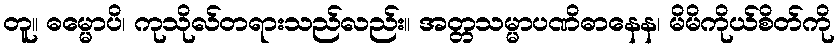
တူ။ ဓမ္မောပိ၊ ကုသိုလ်တရားသည်လည်း။ အတ္တသမ္မာပဏိဓာနေန၊ မိမိကိုယ်စိတ်ကို